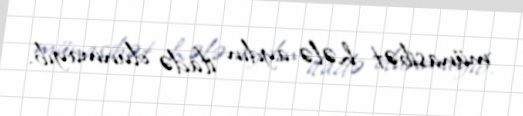
münasibət hələ aydın ifadə olunmayıb.